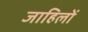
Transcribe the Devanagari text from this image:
जाहिलों